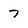
Character: 7